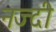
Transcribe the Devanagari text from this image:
नज्दी